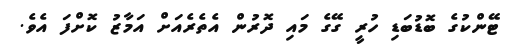
ޓޭންކުގެ ބޮޑުބަޑި ހުރީ ގޭގެ މައި ދޮރުން އެތެރެއަށް އަމާޒު ކޮށްފަ އެވެ.